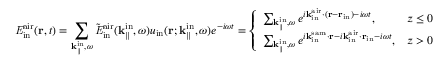
{ \it E } _ { \mathrm { i n } } ^ { \mathrm { a i r } } ( { \bf r } , t ) = \sum _ { { \bf k } _ { \parallel } ^ { \mathrm { i n } } , \omega } \tilde { \it E } _ { \mathrm { i n } } ^ { \mathrm { a i r } } ( { \bf k } _ { \parallel } ^ { \mathrm { i n } } , \omega ) u _ { \mathrm { i n } } ( { \bf r } ; { \bf k } _ { \parallel } ^ { \mathrm { i n } } , \omega ) e ^ { - i \omega t } = \left\{ \begin{array} { l l } { \sum _ { { \bf k } _ { \parallel } ^ { \mathrm { i n } } , \omega } e ^ { i { \bf k } _ { \mathrm { i n } } ^ { \mathrm { a i r } } \cdot ( { \bf r } - { \bf r } _ { \mathrm { i n } } ) - i \omega t } , } & { z \leq 0 } \\ { \sum _ { { \bf k } _ { \parallel } ^ { \mathrm { i n } } , \omega } e ^ { i { \bf k } _ { \mathrm { i n } } ^ { \mathrm { s a m } } \cdot { \bf r } - i { \bf k } _ { \mathrm { i n } } ^ { \mathrm { a i r } } \cdot { \bf r } _ { \mathrm { i n } } - i \omega t } , } & { z > 0 } \end{array} \right.